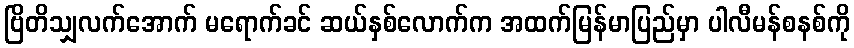
ဗြိတိသျှလက်အောက် မရောက်ခင် ဆယ်နှစ်လောက်က အထက်မြန်မာပြည်မှာ ပါလီမန်စနစ်ကို